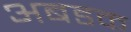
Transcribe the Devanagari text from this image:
अबडक